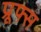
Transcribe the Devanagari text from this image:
प्रूफ्स